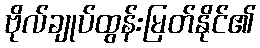
ဗိုလ်ချုပ်ထွန်းမြတ်နိုင်၏